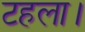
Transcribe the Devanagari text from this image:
टहला।